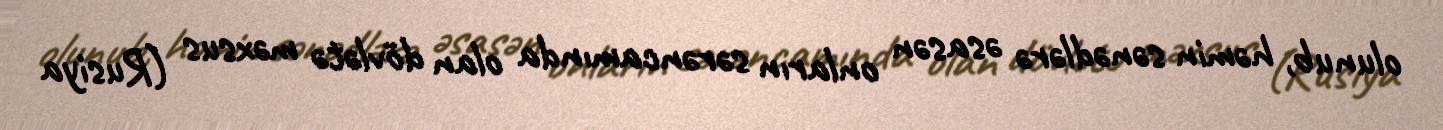
olunub, həmin sənədlərə əsasən onların sərəncamında olan dövlətə məxsus (Rusiya